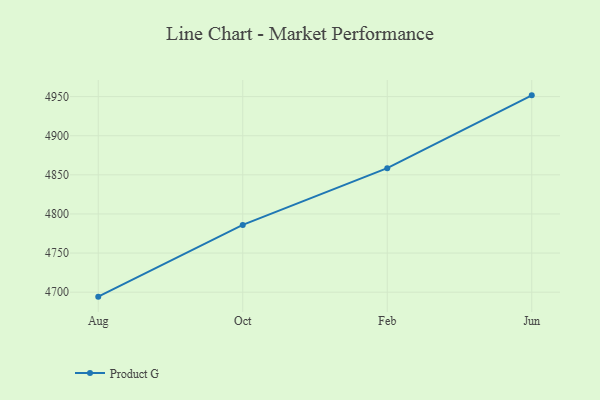
{"axis": {"x": "Month", "y": "Net Income (USD K)"}, "legend": ["Product G"], "data": [{"x": "Aug", "y": 4694.3, "type": "Product G"}, {"x": "Oct", "y": 4786.0, "type": "Product G"}, {"x": "Feb", "y": 4858.5, "type": "Product G"}, {"x": "Jun", "y": 4951.6, "type": "Product G"}]}